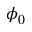
\phi _ { 0 }